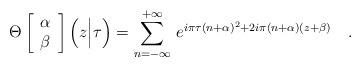
LaTeX: \begin{align*}\Theta\left[\begin{array}{c}\alpha \\ \beta\end{array}\right]\Big(z\Big|\tau\Big)=\sum_{n=-\infty}^{+\infty}\,e^{i\pi\tau(n+\alpha)^2+2i\pi(n+\alpha)(z+\beta)}\ \ \ .\end{align*}